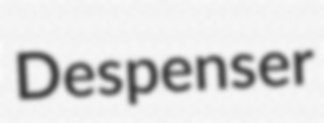
Despenser